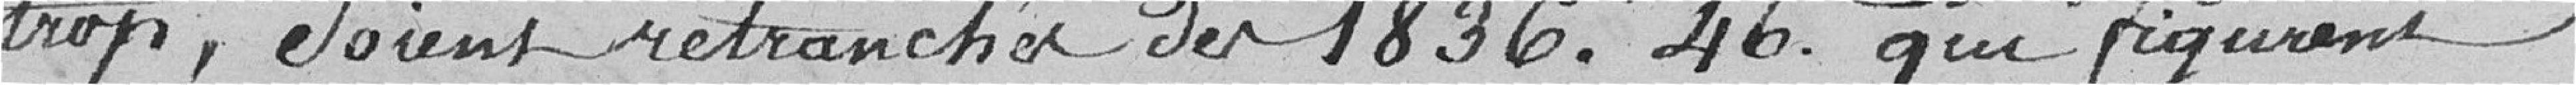
trop, soient retranchés des 1 836,46 francs qui figurent